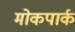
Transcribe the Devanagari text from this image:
मोकपार्क